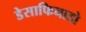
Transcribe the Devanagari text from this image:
डेसाफिनाडो